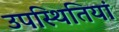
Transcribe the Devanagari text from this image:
उपस्थितियां